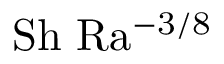
\mathrm { S h \ R a ^ { - 3 / 8 } }